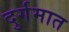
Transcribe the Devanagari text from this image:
दुर्गमात